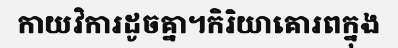
កាយវិការដូចគ្នា។កិរិយាគោរពក្នុង